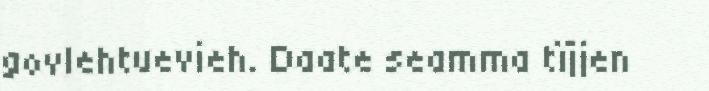
govlehtuevieh. Daate seamma tïjjen